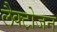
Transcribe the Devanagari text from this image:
लैक्टोजन